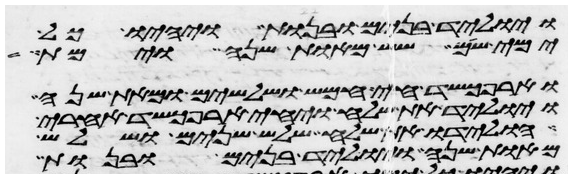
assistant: ויוליד בנים ובנות ויהיו כל
ימי שם שש מאות שנה וימת
וארפכשד חי חמש ושלשים ומאת שנה
ויוליד את שלח ויחי ארפכשד אחרי
הולידו את שלח שלש שנים ושלש
מאות שנה ויוליד בנים ובנות